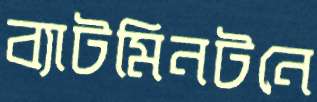
ব্যাটমিনটনে